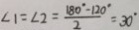
\angle 1 = \angle 2 = \frac { 1 8 0 ^ { \circ } - 1 2 0 ^ { \circ } } { 2 } = 3 0 ^ { \circ }